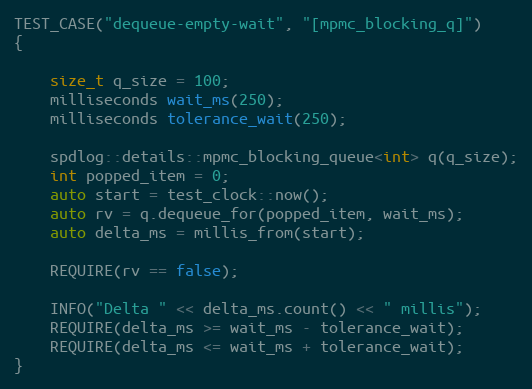
Language: C++
TEST_CASE("dequeue-empty-wait", "[mpmc_blocking_q]")
{

    size_t q_size = 100;
    milliseconds wait_ms(250);
    milliseconds tolerance_wait(250);

    spdlog::details::mpmc_blocking_queue<int> q(q_size);
    int popped_item = 0;
    auto start = test_clock::now();
    auto rv = q.dequeue_for(popped_item, wait_ms);
    auto delta_ms = millis_from(start);

    REQUIRE(rv == false);

    INFO("Delta " << delta_ms.count() << " millis");
    REQUIRE(delta_ms >= wait_ms - tolerance_wait);
    REQUIRE(delta_ms <= wait_ms + tolerance_wait);
}